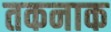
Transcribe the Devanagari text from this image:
तकनाक